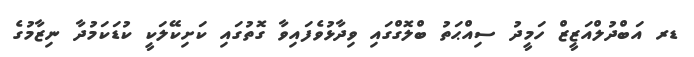
ޑރ އަބްދުލްއަޒީޒް ހަމީދު ސިއްޙަތު ބްލޮގްގައި ވިދާޅުވެފައިވާ ގޮތުގައި ކަށިކޭލަކީ ކުޑަކަމުދާ ނިޒާމުގެ